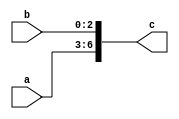
module concat_example (
    input [3:0] a,
    input [2:0] b,
    output [6:0] c
);

assign c = {a, b};

endmodule